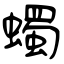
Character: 蠋